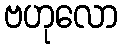
ဗဟုလော